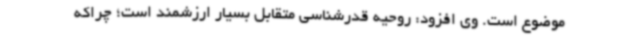
موضوع است. وی افزود: روحیه قدرشناسی متقابل بسیار ارزشمند است؛ چراکه